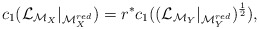
\begin{align*}c_{1}(\mathcal{L}_{\mathcal{M}_{X}}|_{\mathcal{M}^{red}_{X}})=r^{*}c_{1}((\mathcal{L}_{\mathcal{M}_{Y}}|_{\mathcal{M}^{red}_{Y}})^{\frac{1}{2}}), \end{align*}